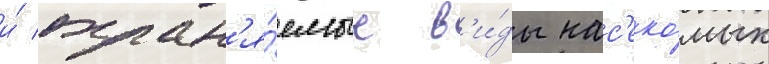
и́ охран'я́емые в'и́ды нас'еко́мых